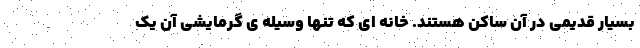
بسیار قدیمی در آن ساکن هستند. خانه ای که تنها وسیله ی گرمایشی آن یک